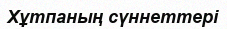
Хұтпаның сүннеттері